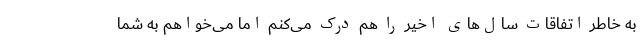
به خاطر اتفاقات سال‌های اخیر را هم درک می‌کنم اما می‌خواهم به شما